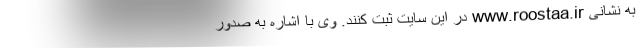
به نشانی www.roostaa.ir در این سایت ثبت کنند. وی با اشاره به صدور